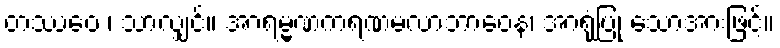
တဿေဝ ၊ သာလျှင်။ အာရမ္မဏကရဏမလာဘာဝေန၊ အာရုံပြု သောအားဖြင့်။